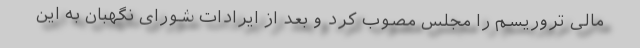
مالی تروریسم را مجلس مصوب کرد و بعد از ایرادات شورای نگهبان به این